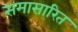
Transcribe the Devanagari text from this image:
समासारित